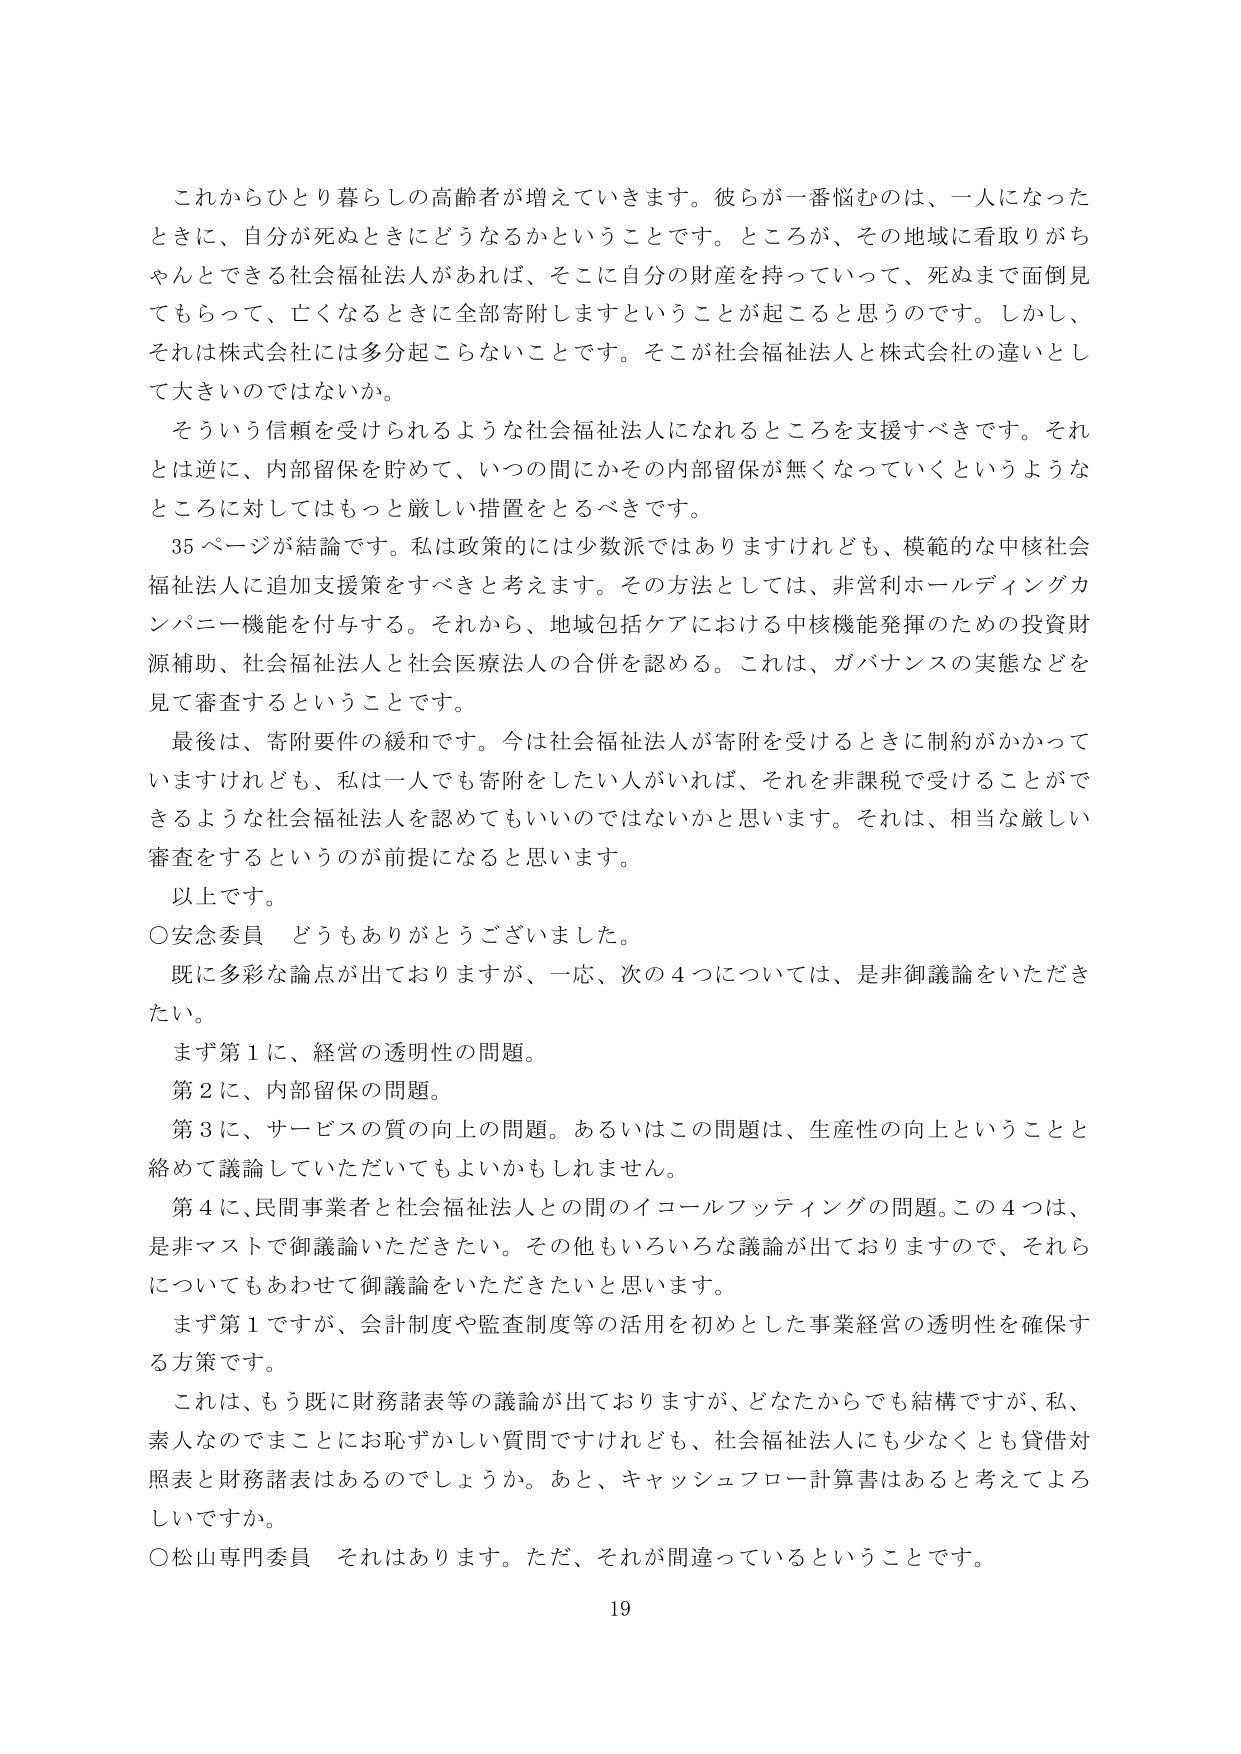
これからひとり暮らしの高齢者が増えていきます。彼らが一番悩むのは、一人になったときに、自分が死ぬときにどうなるかということです。ところが、その地域に看取りがちゃんとできる社会福祉法人があれば、そこに自分の財産を持っていって、死ぬまで面倒見てもらって、亡くなるときに全部寄附しますということが起こると思うのです。しかし、それは株式会社には多分起こらないことです。そこが社会福祉法人と株式会社の違いとして大きいのではないでしょうか。

そういう信頼を受けられるような社会福祉法人になれるところを支援すべきです。それとは逆に、内部留保を貯めて、いつの間にかその内部留保が無くなっていくというようなところに対してはもっと厳しい措置をとるべきです。

35ページが結論です。私は政策的には少数派ではありますけれども、模範的な中核社会福祉法人に追加支援策をすべきと考えます。その方法としては、非営利ホールディングカンパニー機能を付与する。それから、地域包括ケアにおける中核機能発揮のための投資財源補助、社会福祉法人と社会医療法人の合併を認める。これは、ガバナンスの実態などを見て審査するということです。

最後は、寄附要件の緩和です。今は社会福祉法人が寄附を受けるときに制約がかかっていますけれども、私は一人でも寄附をしたい人がいれば、それを非課税で受けることができるような社会福祉法人を認めてもいいのではないかと思います。それは、相当な厳しい審査をするというのが前提になると思います。

以上です。

○安念委員　どうもありがとうございました。

既に多彩な論点が出ておりますが、一応、次の4つについては、是非御議論をいただきたい。

まず第1に、経営の透明性の問題。

第2に、内部留保の問題。

第3に、サービスの質の向上の問題。あるいはこの問題は、生産性の向上ということと絡めて議論していただいてもよいかもしれません。

第4に、民間事業者と社会福祉法人との間のイコールフッティングの問題。この4つは、是非マストで御議論いただきたい。その他もいろいろな議論が出ておりますので、それらについてもあわせて御議論をいただきたいと思います。

まず第1ですが、会計制度や監査制度等の活用を初めとした事業経営の透明性を確保する方策です。

これは、もう既に財務諸表等の議論が出ておりますが、どなたからでも結構ですが、私、素人なのでまことにお恥ずかしい質問ですけれども、社会福祉法人にも少なくとも貸借対照表と財務諸表はあるのでしょうか。あと、キャッシュフロー計算書はあると考えてよろしいですか。

○松山専門委員　それはあります。ただ、それが間違っているということです。

19